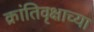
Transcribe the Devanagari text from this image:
क्रांतिवृक्षाच्या